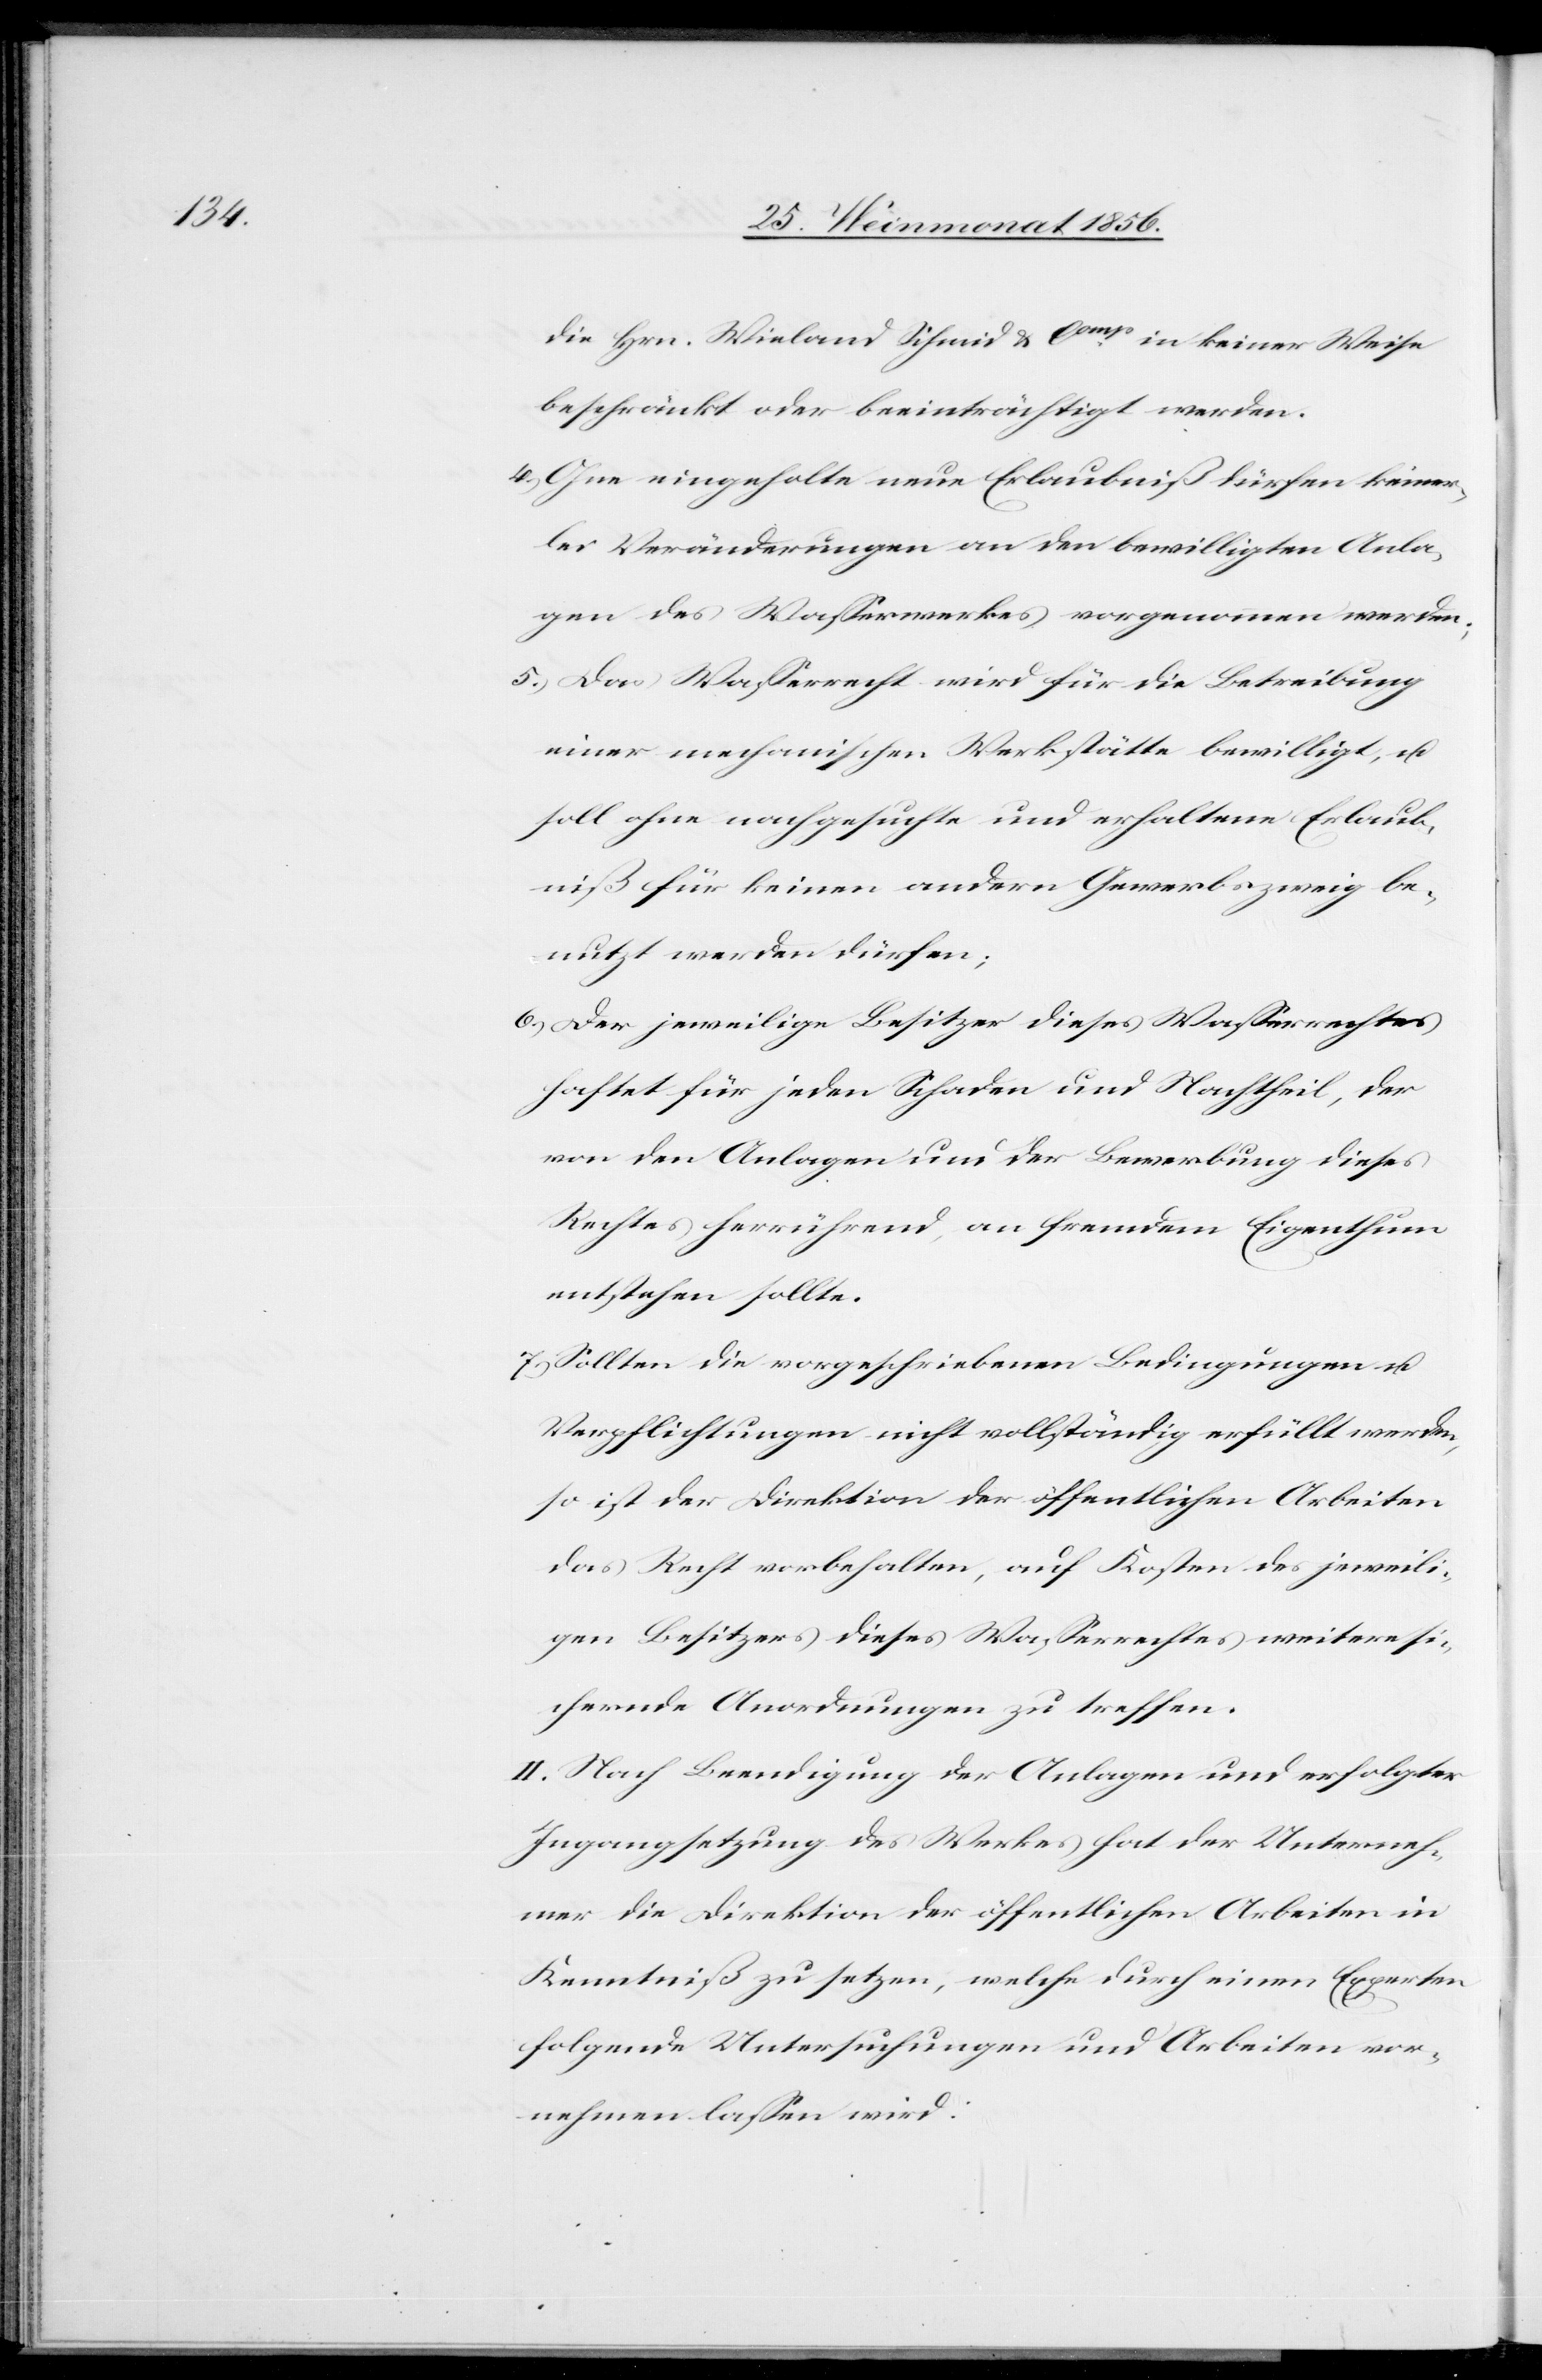
die Hrn. Wieland Schmid & Comp in keiner Weise
beschränkt oder beeinträchtigt werden.
4.) Ohne eingeholte neue Erlaubniß dürfen keiner¬
lei Veränderungen an den bewilligten Anla¬
gen des Wasserwerkes vorgenommen werden;
5.) Das Wasserrecht wird für die Betreibung
einer mechanischen Werkstätte bewilligt, u.
soll ohne nachgesuchte und erhaltene Erlaub¬
niß für keinen andern Gewerbszweig be¬
nutzt werden dürfen;
6.) Der jeweilige Besitzer dieses Wasserrechtes
haftet für jeden Schaden und Nachtheil, der
von den Anlagen und der Bewerbung dieses
Rechtes herrührend, an fremdem Eigenthum
entstehen sollte.
7.) Sollten die vorgeschriebenen Bedingungen u.
Verpflichtungen nicht vollständig erfüllt werden,
so ist der Direktion der öffentlichen Arbeiten
das Recht vorbehalten, auf Kosten des jeweili¬
gen Besitzers dieses Wasserrechtes weitere si¬
chernde Anordnungen zu treffen.
II. Nach Beendigung der Anlagen und erfolgter
Ingangsetzung des Werkes hat der Unterneh¬
mer die Direktion der öffentlichen Arbeiten in
Kenntniß zu setzen, welche durch einen Experten
folgende Untersuchungen und Arbeiten vor¬
nehmen lassen wird: